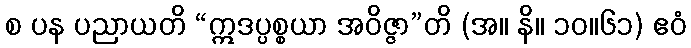
စ ပန ပညာယတိ “ဣဒပ္ပစ္စယာ အဝိဇ္ဇာ”တိ (အ။ နိ။ ၁၀။၆၁) ဧဝံ